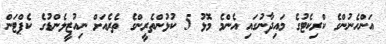
އަންހެނުންގެ ކްރިކެޓުގެ މައިދާނުގައި އެންމެ މޮޅު 5 ކުޅުންތެރީންގެ ތެރެއަށް ނިއުޒީލެންޑުގެ ކެޕްޓަން